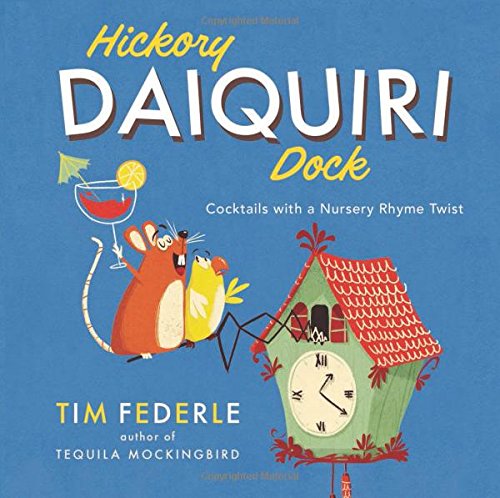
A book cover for Hickory Daiquiri Dock: Cocktails with a Nursery Rhyme Twist; Tim Federle; Humor & Entertainment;